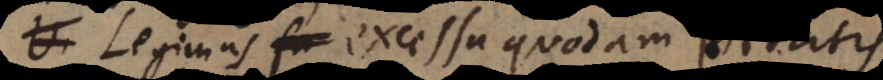
Legimus excessu quodam pietatis